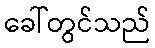
ခေါ်တွင်သည်